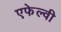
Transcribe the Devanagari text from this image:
एफेल्वी